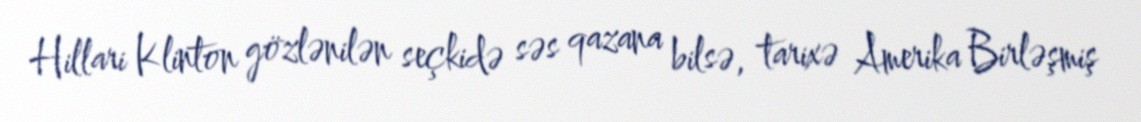
Hillari Klinton gözlənilən seçkidə səs qazana bilsə, tarixə Amerika Birləşmiş